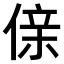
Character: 𠋆